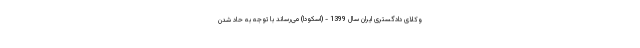
وکلای دادگستری ایران سال 1399 - (اسکودا) می‌رساند با توجه به حاد شدن